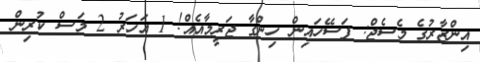
އިންޒާރުގެ މެސެޖް: ފަސޭހައިން ހިންގާ ޖަރީމާއެއް! 1 އަހަރު 2 މަސް ކުރިން